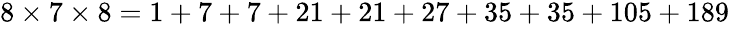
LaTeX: \begin{array}{r}{8\times 7\times 8=1+7+7+21+21+27+35+35+105+189}\end{array}